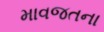
માવજતના